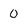
Character: 0